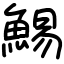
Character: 鯣